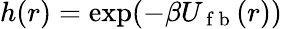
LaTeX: h(r)=\exp(-\beta U_{\mathrm{~f~b~}}(r))